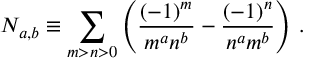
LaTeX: N _ { a , b } \equiv \sum _ { m > n > 0 } \left( \frac { ( - 1 ) ^ { m } } { m ^ { a } n ^ { b } } - \frac { ( - 1 ) ^ { n } } { n ^ { a } m ^ { b } } \right) \, .